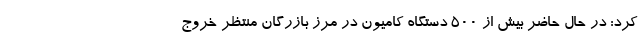
کرد: در حال حاضر بیش از ۵۰۰ دستگاه کامیون در مرز بازرگان منتظر خروج